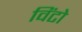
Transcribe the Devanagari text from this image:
विंटो